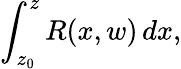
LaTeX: \int_{z_{0}}^{z}R(x,w)\, dx,